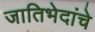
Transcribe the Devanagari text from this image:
जातिभेदांचे